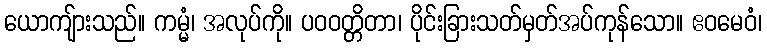
ယောကျ်ားသည်။ ကမ္မံ၊ အလုပ်ကို။ ပဝဝတ္တိတာ၊ ပိုင်းခြားသတ်မှတ်အပ်ကုန်သော။ ဧဝမေဝံ၊